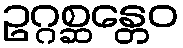
ဥဂ္ဂစ္ဆန္တေဝ